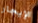
الإيجار